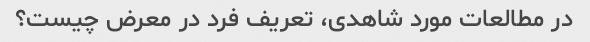
در مطالعات مورد شاهدی، تعریف فرد در معرض چیست؟